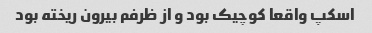
اسکپ واقعا کوچیک بود و از ظرفم بیرون ریخته بود